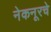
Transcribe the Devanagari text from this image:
नेकनूरचे